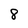
Character: 8